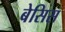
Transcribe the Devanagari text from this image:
बेसिस